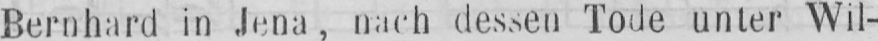
Bernhard in Jena, nach dessen Tode unter Wil-